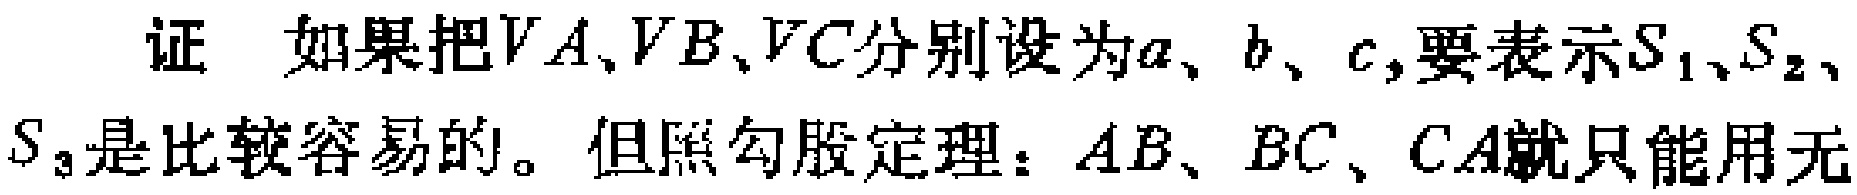
证 如果把$VA、VB、VC$分别设为$a、b、c$,要表示$S_{1}、S_{2}、S_{3}$是比较容易的。但照勾股定理：$AB、BC、CA$就只能用无